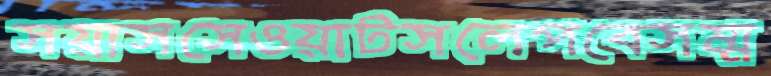
সয়াসসেওয়াটসলেপবেসম্ম